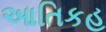
આતિકહ